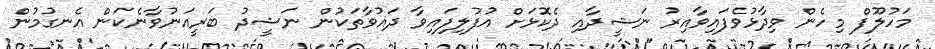
މަހުލޫފް މިހެން ވިދާޅުވެފައިވާއިރު ނަޝީދާއި ދެކޮޅަށް އުފުލިފައިވާ ދައުވާތަކުން ނަޝީދު ބަރީއަނުވާނެކަން އެނގުމުން